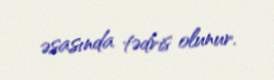
əsasında tədris olunur.